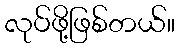
လုပ်ဖို့ဖြစ်တယ်။